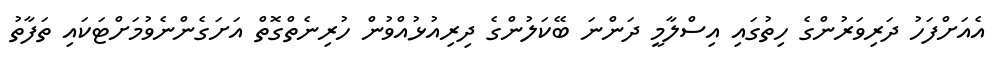
އެއަށްފަހު ދަރިވަރުންގެ ހިތުގައި އިސްލާމީ ދަންނަ ބޭކަލުންގެ ދިރިއުޅުއްވުން ހުރިނެތްގޮތް އަށަގެންނެވުމަށްޓަކައި ތަފާތު